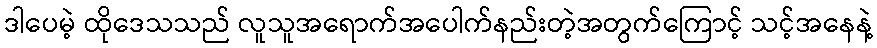
ဒါပေမဲ့ ထိုဒေသသည် လူသူအရောက်အပေါက်နည်းတဲ့အတွက်ကြောင့် သင့်အနေနဲ့